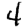
Digit: 4